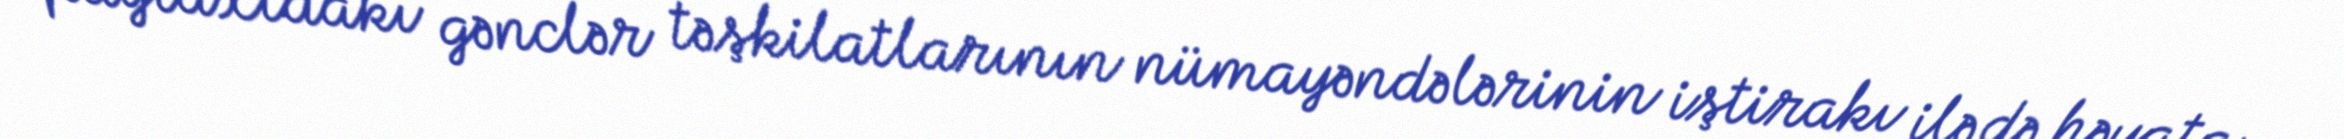
paytaxtdakı gənclər təşkilatlarının nümayəndələrinin iştirakı ilə də həyata